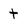
Character: t